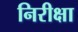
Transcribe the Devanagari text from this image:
निरीक्षा